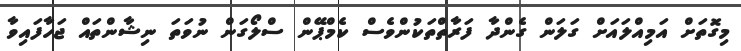
މިގޮތަށް އަމިއްލައަށް ގަލަން ގެންދާ ފަރާތްތަކުންވެސް ކެމްޕޭން ސްލޯގަން ނުވަތަ ނިޝާންތައް ޖަހާފައިވާ